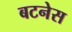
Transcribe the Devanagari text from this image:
बटनेस